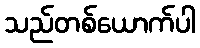
သည်တစ်ယောက်ပါ